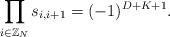
LaTeX: \begin{align*} \prod_{i \in \mathbb{Z}_N} s_{i,i+1} = (-1)^{D+K+1}. \end{align*}